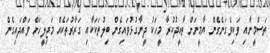
ތަސްމީނާއި ވަކިވެގަނެގެން ޔާމީނަށް ތާއީދުކުރާ މީހަކު ދީނާގުޅުވައިގެން ބިލުތަކަކާއި ގަރާރުތަކެއް މަޖިލީހަށް ވައްދައިގެން